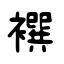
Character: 襈